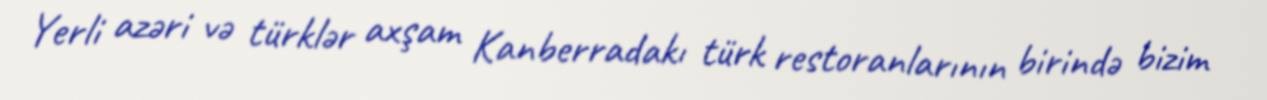
Yerli azəri və türklər axşam Kanberradakı türk restoranlarının birində bizim